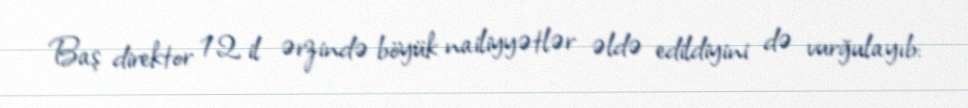
Baş direktor 12 il ərzində böyük nailiyyətlər əldə edildiyini də vurğulayıb: